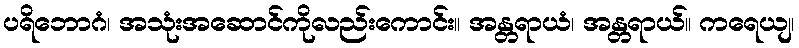
ပရိဘောဂံ၊ အသုံးအဆောင်ကိုလည်းကောင်း။ အန္တရာယံ၊ အန္တရာယ်။ ကရေယျ၊